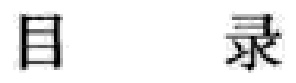
目录